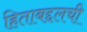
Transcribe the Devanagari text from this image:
हिताबद्दलची